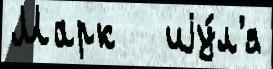
Марк   иjу́л'я